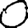
Digit: 0